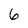
Character: 6